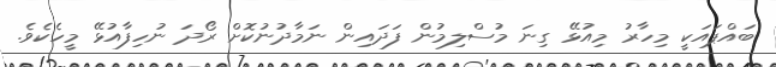
ބައްޕައަކީ މިހާރު މިއުޅޭ ގިނަ މުސްލިމުން ފަދައިން ނަމާދުނުކޮށް ރޯދަ ނުހިފާއުޅޭ މީހެކެވެ.